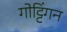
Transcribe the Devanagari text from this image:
गोट्टिंगन